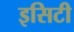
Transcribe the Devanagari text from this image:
इसिटी